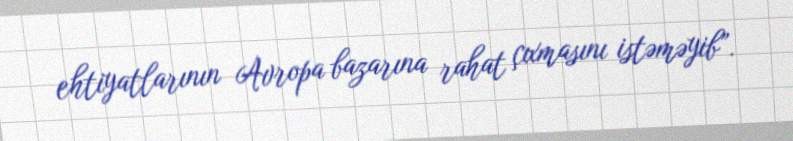
ehtiyatlarının Avropa bazarına rahat çıxmasını istəməyib”.